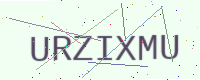
Text: URZIXMU